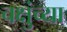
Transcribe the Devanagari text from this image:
चक्षुंच्या